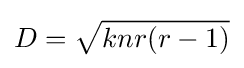
D={\sqrt {knr(r-1)}}